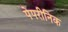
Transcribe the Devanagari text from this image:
पेपरीनिक